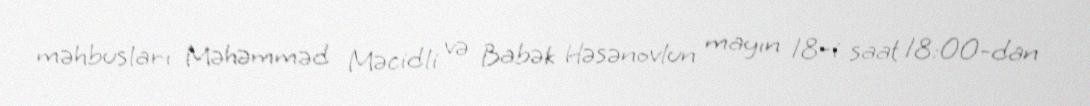
məhbusları Məhəmməd Məcidli və Babək Həsənovlun mayın 18-i saat 18:00-dan